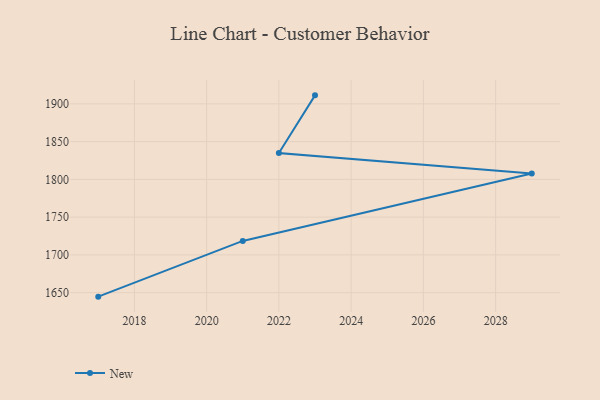
{"axis": {"x": "Year", "y": "LTV (USD)"}, "legend": ["New"], "data": [{"x": "2023", "y": 1911.3, "type": "New"}, {"x": "2022", "y": 1834.9, "type": "New"}, {"x": "2029", "y": 1807.7, "type": "New"}, {"x": "2021", "y": 1718.5, "type": "New"}, {"x": "2017", "y": 1644.7, "type": "New"}]}